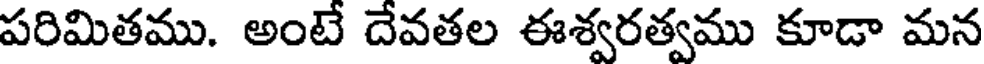
పరిమితము. అంటే దేవతల ఈశ్వరత్వము కూడా మన